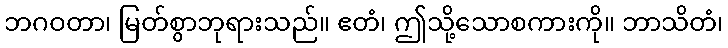
ဘဂဝတာ၊ မြတ်စွာဘုရားသည်။ ဧတံ၊ ဤသို့သောစကားကို။ ဘာသိတံ၊